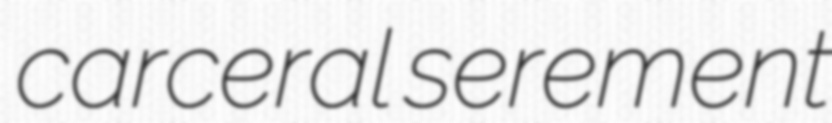
carceral serement